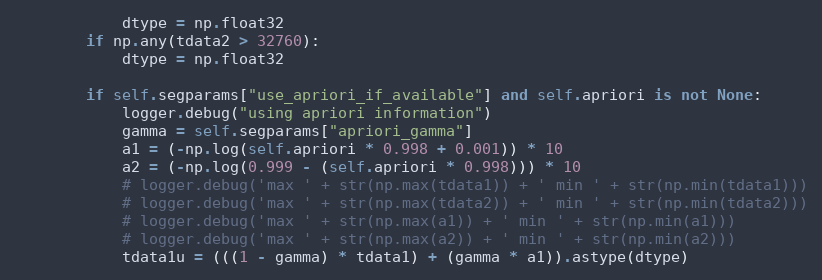
Language: Python
            dtype = np.float32
        if np.any(tdata2 > 32760):
            dtype = np.float32

        if self.segparams["use_apriori_if_available"] and self.apriori is not None:
            logger.debug("using apriori information")
            gamma = self.segparams["apriori_gamma"]
            a1 = (-np.log(self.apriori * 0.998 + 0.001)) * 10
            a2 = (-np.log(0.999 - (self.apriori * 0.998))) * 10
            # logger.debug('max ' + str(np.max(tdata1)) + ' min ' + str(np.min(tdata1)))
            # logger.debug('max ' + str(np.max(tdata2)) + ' min ' + str(np.min(tdata2)))
            # logger.debug('max ' + str(np.max(a1)) + ' min ' + str(np.min(a1)))
            # logger.debug('max ' + str(np.max(a2)) + ' min ' + str(np.min(a2)))
            tdata1u = (((1 - gamma) * tdata1) + (gamma * a1)).astype(dtype)